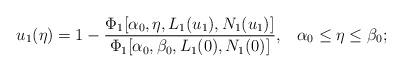
LaTeX: \begin{align*} u_1(\eta)=1-\dfrac{\Phi_1[\alpha_0,\eta,L_1(u_1),N_1(u_1)]}{\Phi_1[\alpha_0,\beta_0, L_1(0), N_1(0)]},\;\;\;\alpha_0\leq\eta\leq\beta_0;\end{align*}